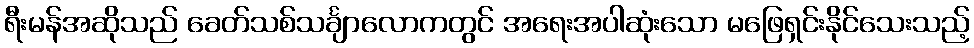
ရီးမန်အဆိုသည် ခေတ်သစ်သင်္ချာလောကတွင် အရေးအပါဆုံးသော မဖြေရှင်းနိုင်သေးသည့်